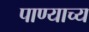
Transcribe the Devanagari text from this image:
पाण्याच्य